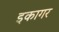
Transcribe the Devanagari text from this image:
इकागर